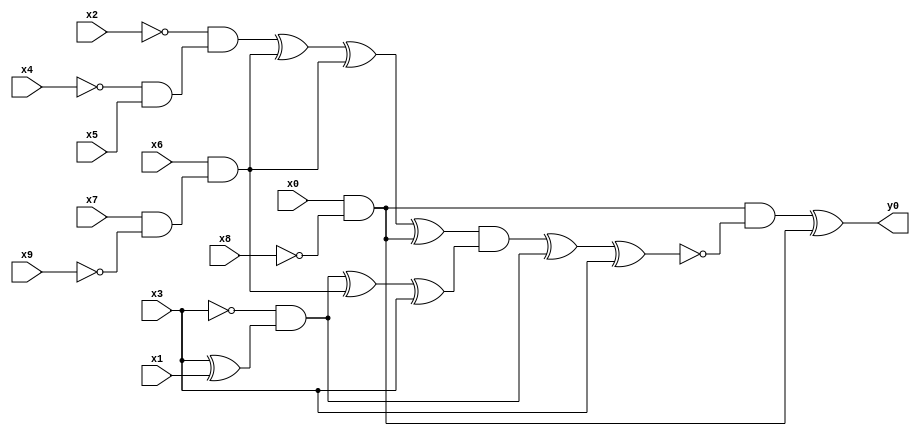
module top( x0 , x1 , x2 , x3 , x4 , x5 , x6 , x7 , x8 , x9 , y0 );
  input x0 , x1 , x2 , x3 , x4 , x5 , x6 , x7 , x8 , x9 ;
  output y0 ;
  wire n11 , n12 , n13 , n14 , n15 , n16 , n17 , n18 , n19 , n20 , n21 , n22 , n23 , n24 , n25 , n26 , n27 ;
  assign n11 = x0 & ~x8 ;
  assign n14 = ~x4 & x5 ;
  assign n15 = ~x2 & n14 ;
  assign n12 = x7 & ~x9 ;
  assign n13 = x6 & n12 ;
  assign n16 = n15 ^ n13 ;
  assign n17 = n16 ^ n13 ;
  assign n18 = n17 ^ n11 ;
  assign n19 = x3 ^ x1 ;
  assign n20 = ~x3 & n19 ;
  assign n21 = n20 ^ n13 ;
  assign n22 = n21 ^ x3 ;
  assign n23 = n18 & n22 ;
  assign n24 = n23 ^ n20 ;
  assign n25 = n24 ^ x3 ;
  assign n26 = n11 & ~n25 ;
  assign n27 = n26 ^ n11 ;
  assign y0 = n27 ;
endmodule